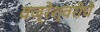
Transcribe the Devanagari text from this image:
वज्रेश्वरीचे